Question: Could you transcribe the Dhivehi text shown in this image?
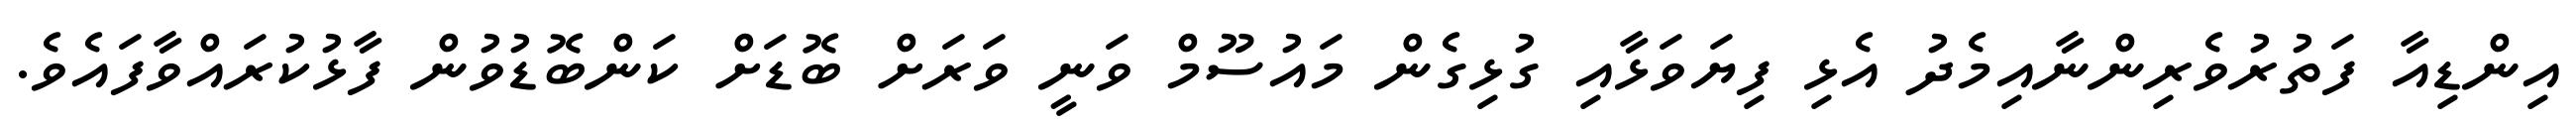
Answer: އިންޑިއާ ފަތުރުވެރިންނާއިމެދު އެޅި ފިޔަވަޅާއި ގުޅިގެން މައުސޫމް ވަނީ ވަރަށް ބޮޑަށް ކަންބޮޑުވުން ފާޅުކުރައްވާފައެވެ.